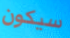
سيكون